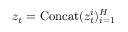
\ensuremath { \boldsymbol { z } } _ { t } = \ensuremath { \operatorname { C o n c a t } } ( \ensuremath { \boldsymbol { z } } _ { t } ^ { i } ) _ { i = 1 } ^ { H }